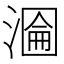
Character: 𭲂